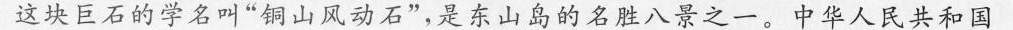
这块巨石的学名叫”铜山风动石”，是东山岛的名胜八景之一。中华人民共和国